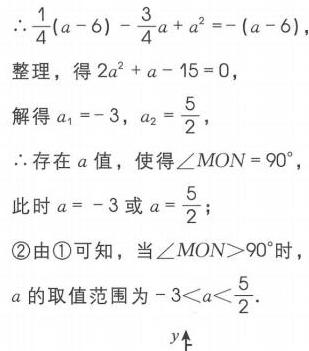
\(\therefore\frac{1}{4}(a - 6)-\frac{3}{4}a + a^{2}=-(a - 6)\)
整理，得\(2a^{2}+a - 15 = 0\)，
解得\(a_{1}=-3\)，\(a_{2}=\frac{5}{2}\)，
\(\therefore\)存在\(a\)值，使得\(\angle MON = 90^{\circ}\)，
此时\(a=-3\)或\(a = \frac{5}{2}\)；
\textcircled{2}由\textcircled{1}可知，当\(\angle MON>90^{\circ}\)时
\(a\)的取值范围为\(-3 < a<\frac{5}{2}\)．
\(y\uparrow\)